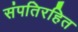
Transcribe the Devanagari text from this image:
संपतिरहित